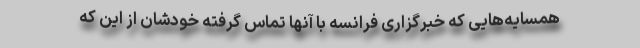
همسایه‌هایی که خبرگزاری فرانسه با آنها تماس گرفته خودشان از این که